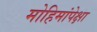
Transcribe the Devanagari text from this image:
मोहिमांपेक्षा